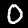
Digit: 0